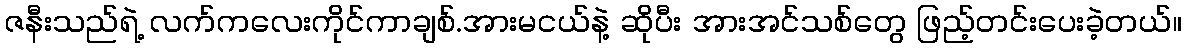
ဇနီးသည်ရဲ့ လက်ကလေးကိုင်ကာချစ်.အားမငယ်နဲ့ ဆိုပီး အားအင်သစ်တွေ ဖြည့်တင်းပေးခဲ့တယ်။